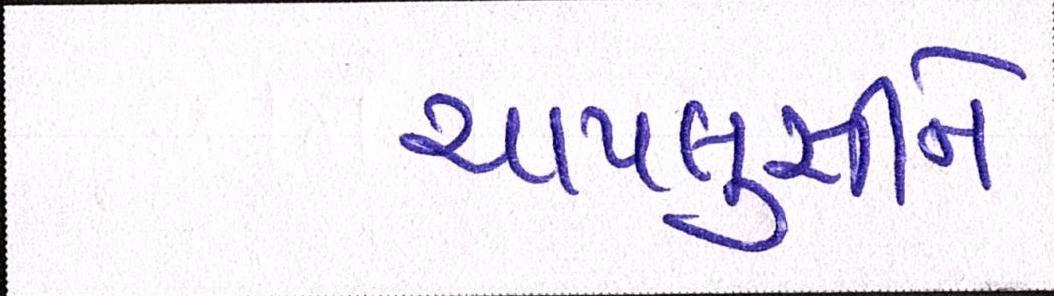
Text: ચાપલુસીને